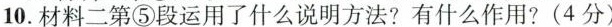
10.材料二第⑤段运用了什么说明方法?有什么作用?(4分)